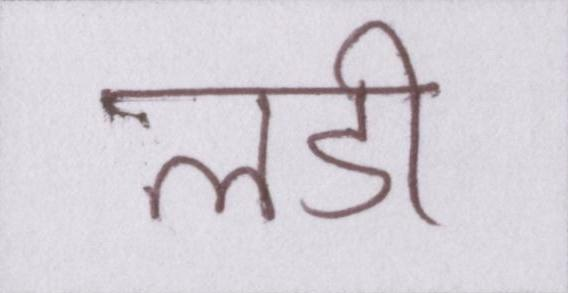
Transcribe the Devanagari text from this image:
लडी